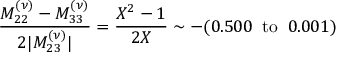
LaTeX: \frac { M _ { 2 2 } ^ { ( \nu ) } - M _ { 3 3 } ^ { ( \nu ) } } { 2 | M _ { 2 3 } ^ { ( \nu ) } | } = \frac { X ^ { 2 } - 1 } { 2 X } \sim - ( 0 . 5 0 0 \; \; \mathrm { t o } \; \; 0 . 0 0 1 )